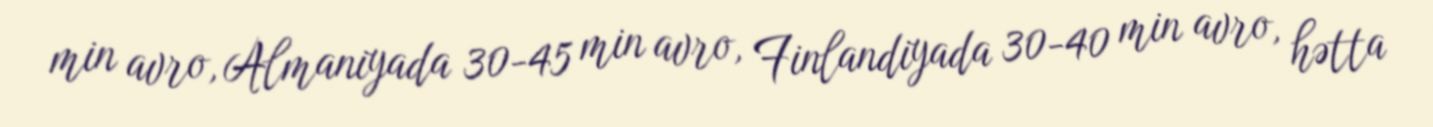
min avro, Almaniyada 30-45 min avro, Finlandiyada 30-40 min avro, hətta